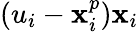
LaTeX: (u_{i}-\mathbf{x}_{i}^{p})\mathbf{x}_{i}